system: You are a helpful assistant.
user:
Analyze the provided spectrum to determine if it is a **White Dwarf (WD)**.

A White Dwarf spectrum is defined by its **extreme purity** (due to gravitational settling) and/or **extreme pressure broadening** (due to high surface gravity). You must check for one of the following mutually exclusive signatures:

- **Key Visual Indicators (Check for ONE of these types):**

    - **1. DA-Type Signature (Most Common):**
        - **(Primary Feature):** Extreme pressure broadening (Stark broadening) of the **Hydrogen (H) Balmer lines**.
        - **(Key Lines):** $H\beta$ (approx. $4861$ Å) and $H\gamma$ (approx. $4340$ Å). $H\alpha$ (approx. $6563$ Å) will also be present if the wavelength range covers it.
        - **(Line Profile):** This is the **defining feature**. The lines are **NOT** sharp. They appear as massive, **extremely broad and deep "troughs" or "dips"** in the spectrum, often hundreds of Ångströms wide. The continuum will appear to "scoop" down at these wavelengths.
        - **(Distinction):** Normal A-type or B-type stars have *narrow* and *sharp* Hydrogen lines. A DA White Dwarf's lines are unmistakably "smeared" or "blurry" from pressure.

    - **2. DB-Type Signature:**
        - **(Primary Feature):** Broad absorption lines from **Neutral Helium (He I)**. The spectrum must lack any visible Hydrogen lines.
        - **(Key Lines):** Look for broad absorption near $4471$ Å, $4921$ Å, and $5876$ Å.
        - **(Line Profile):** These lines are also significantly pressure-broadened, appearing much wider than they would in a normal B-type main-sequence star.

    - **3. DC-Type Signature:**
        - **(Primary Feature):** A **featureless continuous spectrum**.
        - **(Line Profile):** The spectrum is a smooth curve with **no significant absorption or emission lines**.
        - **(Key Confirmation):** The continuum is almost always **blue or white**, indicating a hot object. This signature implies the atmosphere is so pure (or so cool) that no spectral lines are visible in the optical range. Its WD identity is confirmed by its extremely low intrinsic brightness (high absolute magnitude).

    - **4. DZ-Type Signature (Metal-Polluted):**
        - **(Primary Feature):** **Isolated, narrow metal absorption lines** on an otherwise featureless (DC-like) continuum.
        - **(Key Lines):** The **Calcium (Ca II) H & K doublet** (approx. **$3934$ Å** and **$3968$ Å**) is the most common and defining feature.
        - **(Line Profile):** These lines are "out of place." They are *not* part of a "forest" of thousands of lines. This signature is evidence of recent *accretion* (pollution) from rocky debris.
        - **(Distinction):** Normal G/K/M stars have a *dense forest* of thousands of metal lines. A DZ has a *clean* continuum with *only a few* strong metal lines.

    - **5. DQ-Type Signature (Carbon-Polluted):**
        - **(Primary Feature):** Absorption bands from **Carbon (C₂ "Swan Bands" or atomic C I)**.
        - **(Key Lines - C₂):** Look for bandheads with a "saw-tooth" shape near $5635$ Å, **$5165$ Å** (strongest), and $4737$ Å.
        - **(Key Confirmation):** The underlying **continuum must be blue or white** (hot).
        - **(Distinction):** This is the critical difference from a **Carbon Star**, which has the *exact same* C₂ bands but on an extremely **red, cool** continuum.

- **(Overall Spectrum):**
    - The continuum (overall shape) is typically **blue-sloping** (brighter in the blue than the red), as most white dwarfs are very hot.
    - The spectrum will look "pure" or "simple," dominated by only *one* of the five signatures listed above.

Think first, call **spectral_visualization_tool** if needed to examine features in detail, then provide your final answer. Your response must adhere to the following strict rules:
1.  **Overall Structure:** Your response must follow the format `<think>...</think> <tool_call>...</tool_call> (if a tool is used) <answer>...</answer>`.
2.  **Tool Usage Constraint:** You may only make **one** tool call per turn.
3.  **Final Answer Format:** In the `<answer>` tag, your conclusion must be inside a `\boxed{}` command (e.g., `\boxed{YES}` or `\boxed{NO}`), followed by your justification.

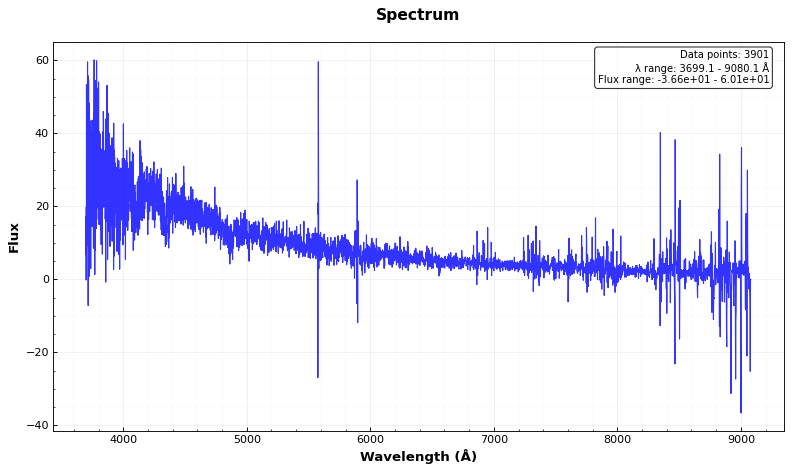
Answer: YES